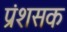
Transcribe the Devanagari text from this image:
प्रंशसक